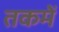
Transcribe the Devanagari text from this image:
तकमें